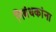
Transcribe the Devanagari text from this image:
निबंधकांना